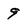
Character: 9